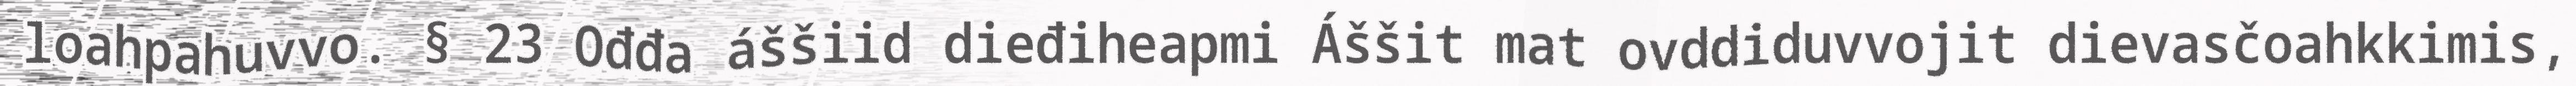
loahpahuvvo. § 23 Ođđa áššiid dieđiheapmi Áššit mat ovddiduvvojit dievasčoahkkimis,